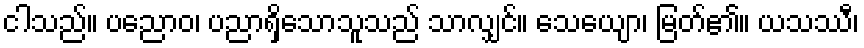
ငါသည်။ ပညောဝ၊ ပညာရှိသောသူသည် သာလျှင်။ သေယျော၊ မြတ်၏။ ယသဿီ၊